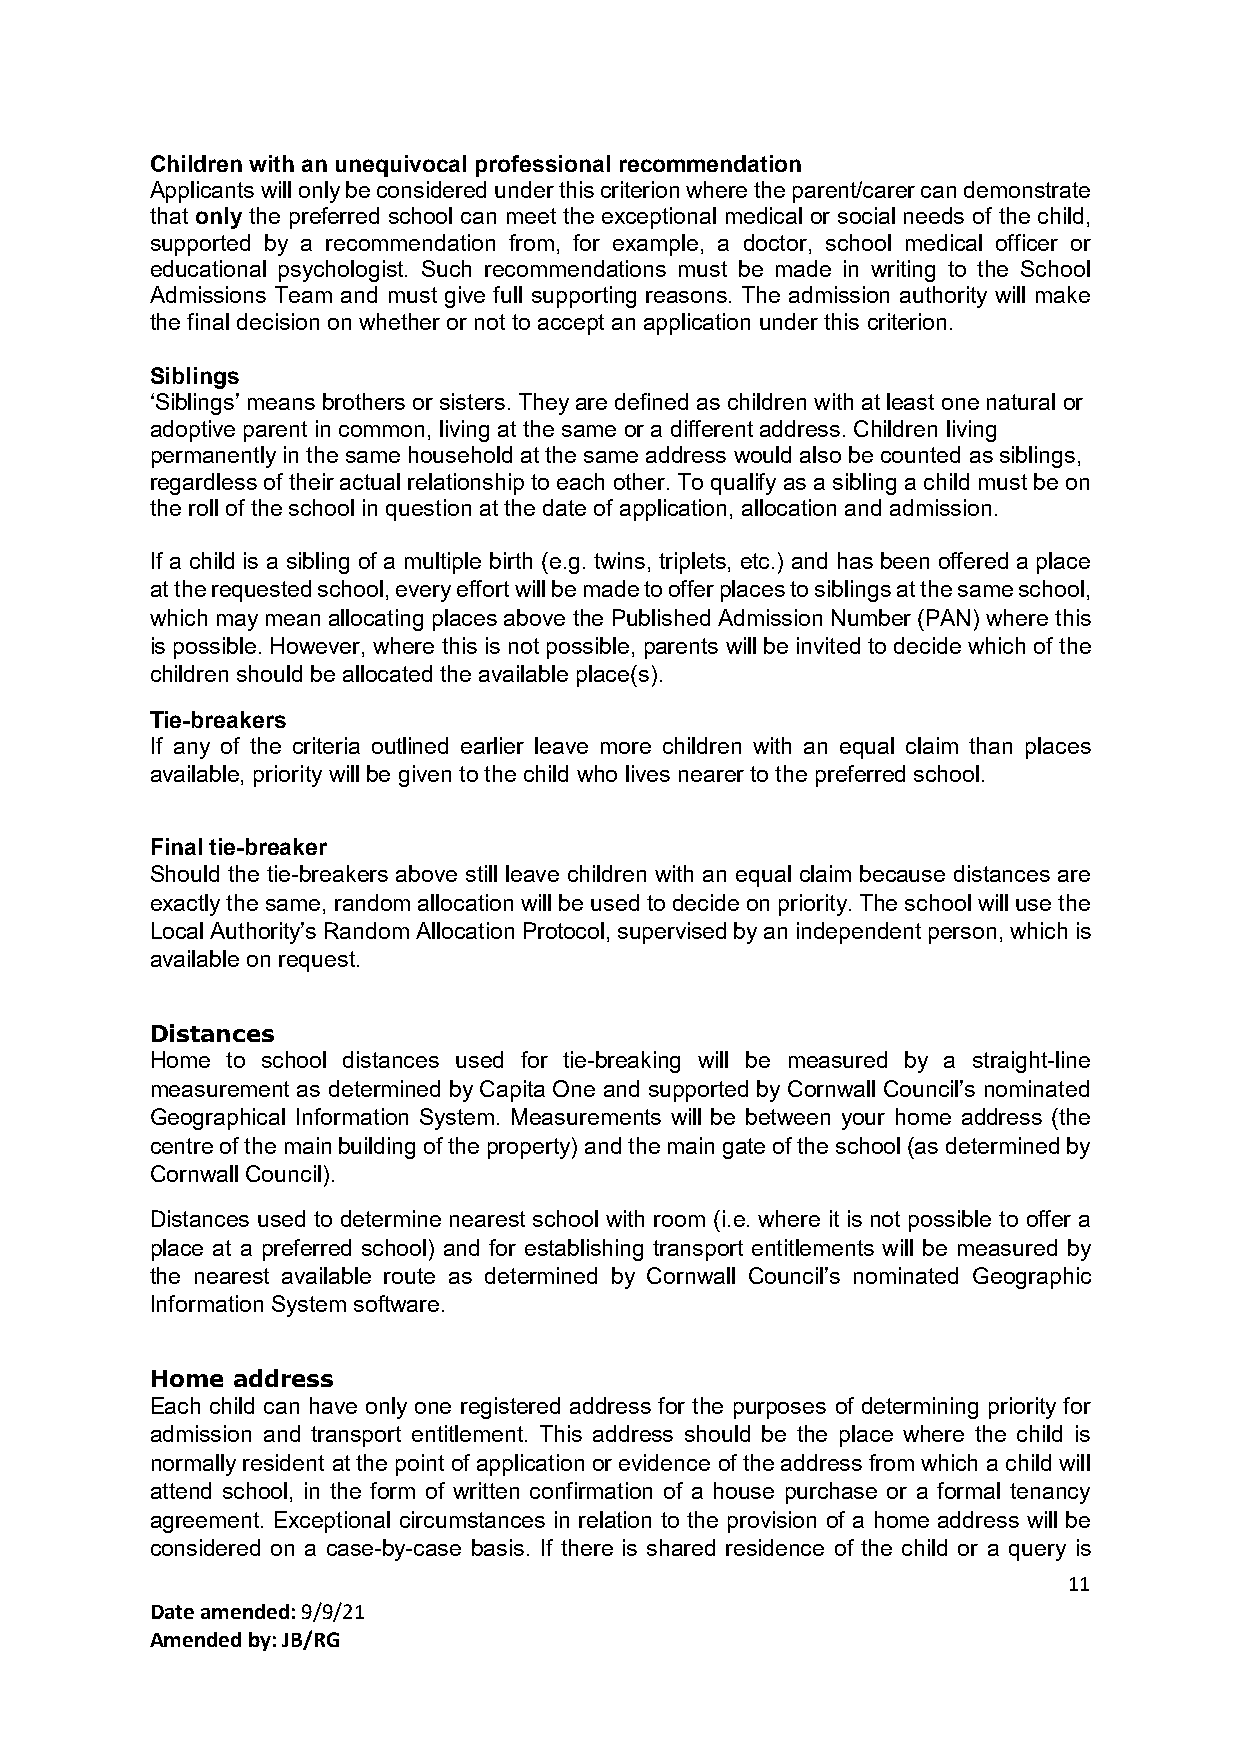
Children with an unequivocal professional recommendation
 Applicants will only be considered under this criterion where the parent/carer can demonstrate
 that only the preferred school can meet the exceptional medical or social needs of the child,
 supported by a recommendation from, for example, a doctor, school medical officer or
 educational psychologist. Such recommendations must be made in writing to the School
 Admissions Team and must give full supporting reasons. The admission authority will make
 the final decision on whether or not to accept an application under this criterion.
 Siblings
 ‘Siblings’ means brothers or sisters. They are defined as children with at least one natural or
 adoptive parent in common, living at the same or a different address. Children living
 permanently in the same household at the same address would also be counted as siblings,
 regardless of their actual relationship to each other. To qualify as a sibling a child must be on
 the roll of the school in question at the date of application, allocation and admission.
 If a child is a sibling of a multiple birth (e.g. twins, triplets, etc.) and has been offered a place
 at the requested school, every effort will be made to offer places to siblings at the same school,
 which may mean allocating places above the Published Admission Number (PAN) where this
 is possible. However, where this is not possible, parents will be invited to decide which of the
 children should be allocated the available place(s).
 Tie-breakers
 If any of the criteria outlined earlier leave more children with an equal claim than places
 available, priority will be given to the child who lives nearer to the preferred school.
 Final tie-breaker
 Should the tie-breakers above still leave children with an equal claim because distances are
 exactly the same, random allocation will be used to decide on priority. The school will use the
 Local Authority’s Random Allocation Protocol, supervised by an independent person, which is
 available on request.
 Distances
 Home to school distances used for tie-breaking will be measured by a straight-line
 measurement as determined by Capita One and supported by Cornwall Council’s nominated
 Geographical Information System. Measurements will be between your home address (the
 centre of the main building of the property) and the main gate of the school (as determined by
 Cornwall Council).
 Distances used to determine nearest school with room (i.e. where it is not possible to offer a
 place at a preferred school) and for establishing transport entitlements will be measured by
 the nearest available route as determined by Cornwall Council’s nominated Geographic
 Information System software.
 Home address
 Each child can have only one registered address for the purposes of determining priority for
 admission and transport entitlement. This address should be the place where the child is
 normally resident at the point of application or evidence of the address from which a child will
 attend school, in the form of written confirmation of a house purchase or a formal tenancy
 agreement. Exceptional circumstances in relation to the provision of a home address will be
 considered on a case-by-case basis. If there is shared residence of the child or a query is
 11
 Date amended: 9/9/21
 Amended by: JB/RG